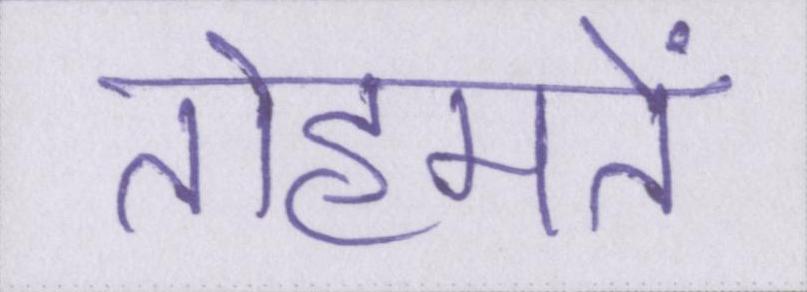
तोहमतें